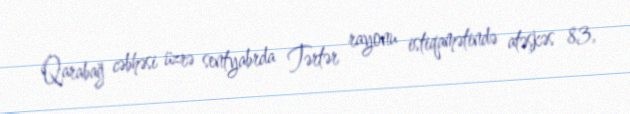
Qarabağ cəbhəsi üzrə sentyabrda Tərtər rayonu istiqamətində atəşkəs 83,